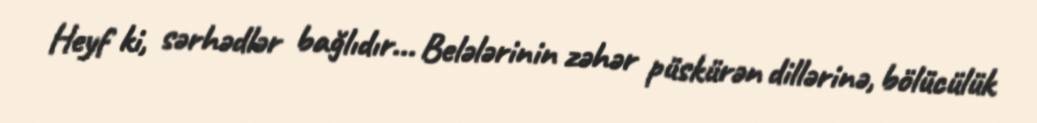
Heyf ki, sərhədlər bağlıdır... Belələrinin zəhər püskürən dillərinə, bölücülük